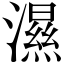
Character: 濕